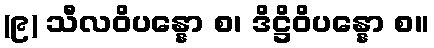
(၉) သီလဝိပန္နော စ၊ ဒိဋ္ဌိဝိပန္နော စ။